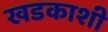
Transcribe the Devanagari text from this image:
खडकाशी